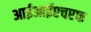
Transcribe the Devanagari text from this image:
आईआईएचएफ